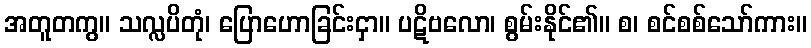
အတူတကွ။ သလ္လပိတုံ၊ ပြောဟောခြင်းငှာ။ ပဋိဗလော၊ စွမ်းနိုင်၏။ စ၊ စင်စစ်သော်ကား။